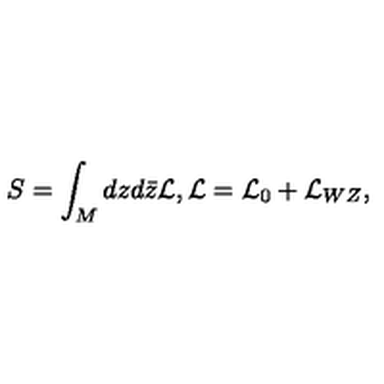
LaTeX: S = \int _ { M } d z d \bar { z } { \mathcal L } , { \mathcal L } = { \mathcal L } _ { 0 } + { \mathcal L } _ { W Z } ,